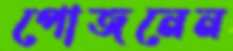
পোজনেন